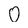
Character: O